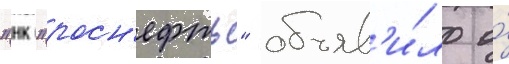
"нк "росн'ефть" объяв'и́ло о́